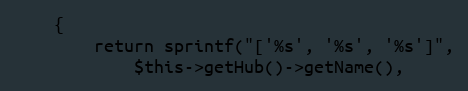
Language: PHP
    {
        return sprintf("['%s', '%s', '%s']",
            $this->getHub()->getName(),